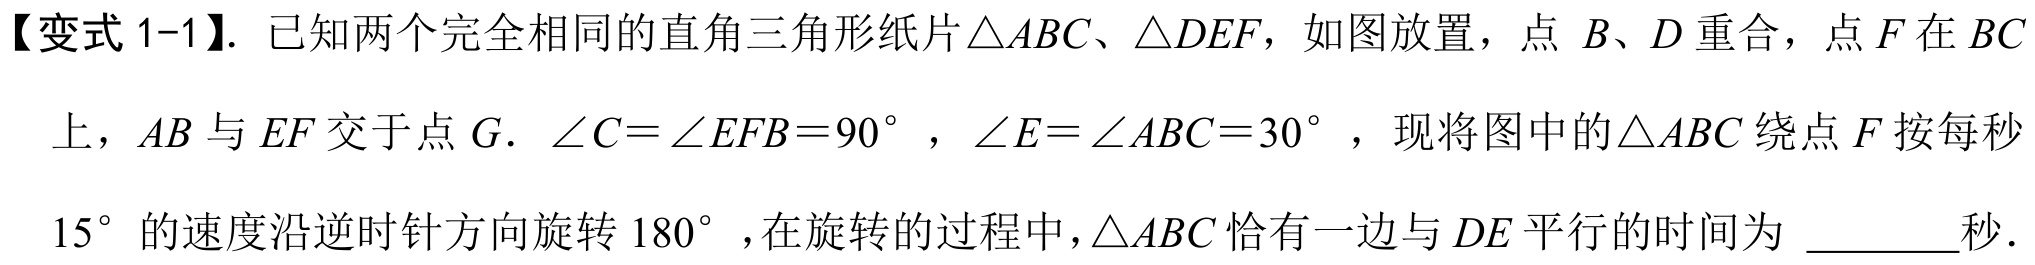
【变式 1-1】. 已知两个完全相同的直角三角形纸片\(\triangle ABC\)、\(\triangle DEF\)，如图放置，点 \(B、D\) 重合，点 \(F\) 在 \(BC\)
上，\(AB\) 与 \(EF\) 交于点 \(G\). \(\angle C = \angle EFB = 90^{\circ}\)，\(\angle E = \angle ABC = 30^{\circ}\)，现将图中的\(\triangle ABC\) 绕点 \(F\) 按每秒
\(15^{\circ}\) 的速度沿逆时针方向旋转 \(180^{\circ}\) ,在旋转的过程中，\(\triangle ABC\) 恰有一边与 \(DE\) 平行的时间为 \_\_\_\_\_秒.